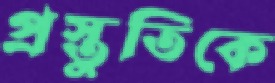
প্রস্তুতিকে